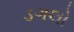
ડગલો